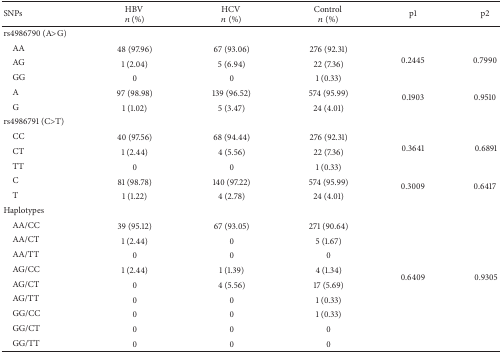
<table><thead><tr><td><b>SNPs</b></td><td><b>HBV <i>n</i> (%)</b></td><td><b>HCV <i>n</i> (%)</b></td><td><b>Control <i>n</i> (%)</b></td><td><b>p1</b></td><td><b>p2</b></td></tr></thead><tbody><tr><td>rs4986790 (A&gt;G)</td><td> </td><td> </td><td> </td><td> </td><td> </td></tr><tr><td> AA</td><td>48 (97.96)</td><td>67 (93.06)</td><td>276 (92.31)</td><td rowspan="3">0.2445</td><td rowspan="3">0.7990</td></tr><tr><td> AG</td><td>1 (2.04)</td><td>5 (6.94)</td><td>22 (7.36)</td></tr><tr><td> GG</td><td>0</td><td>0</td><td>1 (0.33)</td></tr><tr><td> A</td><td>97 (98.98)</td><td>139 (96.52)</td><td>574 (95.99)</td><td rowspan="2">0.1903</td><td rowspan="2">0.9510</td></tr><tr><td> G</td><td>1 (1.02)</td><td>5 (3.47)</td><td>24 (4.01)</td></tr><tr><td>rs4986791 (C&gt;T)</td><td> </td><td> </td><td> </td><td> </td><td> </td></tr><tr><td> CC</td><td>40 (97.56)</td><td>68 (94.44)</td><td>276 (92.31)</td><td rowspan="3">0.3641</td><td rowspan="3"> 0.6891</td></tr><tr><td> CT</td><td>1 (2.44)</td><td>4 (5.56)</td><td>22 (7.36)</td></tr><tr><td> TT</td><td>0</td><td>0</td><td>1 (0.33)</td></tr><tr><td> C</td><td>81 (98.78)</td><td>140 (97.22)</td><td>574 (95.99)</td><td rowspan="2">0.3009</td><td rowspan="2">0.6417</td></tr><tr><td> T</td><td>1 (1.22)</td><td>4 (2.78)</td><td>24 (4.01)</td></tr><tr><td>Haplotypes</td><td> </td><td> </td><td> </td><td> </td><td> </td></tr><tr><td> AA/CC</td><td>39 (95.12)</td><td>67 (93.05)</td><td>271 (90.64)</td><td rowspan="9">0.6409</td><td rowspan="9"> 0.9305</td></tr><tr><td> AA/CT</td><td>1 (2.44)</td><td>0</td><td>5 (1.67)</td></tr><tr><td> AA/TT</td><td>0</td><td>0</td><td>0</td></tr><tr><td> AG/CC</td><td>1 (2.44)</td><td>1 (1.39)</td><td>4 (1.34)</td></tr><tr><td> AG/CT</td><td>0</td><td>4 (5.56)</td><td>17 (5.69)</td></tr><tr><td> AG/TT</td><td>0</td><td>0</td><td>1 (0.33)</td></tr><tr><td> GG/CC</td><td>0</td><td>0</td><td>1 (0.33)</td></tr><tr><td> GG/CT</td><td>0</td><td>0</td><td>0</td></tr><tr><td> GG/TT</td><td>0</td><td>0</td><td>0</td></tr></tbody></table>